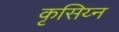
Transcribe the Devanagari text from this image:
कृसिय्न